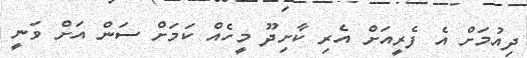
ދިއުމަށް އެ ފެރީއަށް އެރި ކާށިދޫ މީހެއް ކަމަށް ސަން އަށް ވަނީ